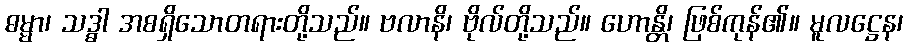
ဓမ္မာ၊ သဒ္ဓါ အစရှိသောတရားတို့သည်။ ဗလာနိ၊ ဗိုလ်တို့သည်။ ဟောန္တိ၊ ဖြစ်ကုန်၏။ မူလဋ္ဌေန၊